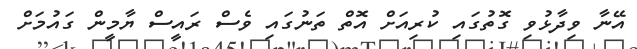
އޭނާ ވިދާޅުވި ގޮތުގައި ކުރިއަށް އޮތް ތަނުގައި ވެސް ރައީސް ޔާމީން ގައުމަށް